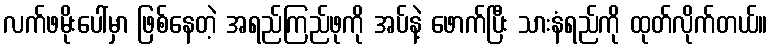
လက်ဖမိုးပေါ်မှာ ဖြစ်နေတဲ့ အရည်ကြည်ဖုကို အပ်နဲ့ ဖောက်ပြီး သားနံရည်ကို ထုတ်လိုက်တယ်။